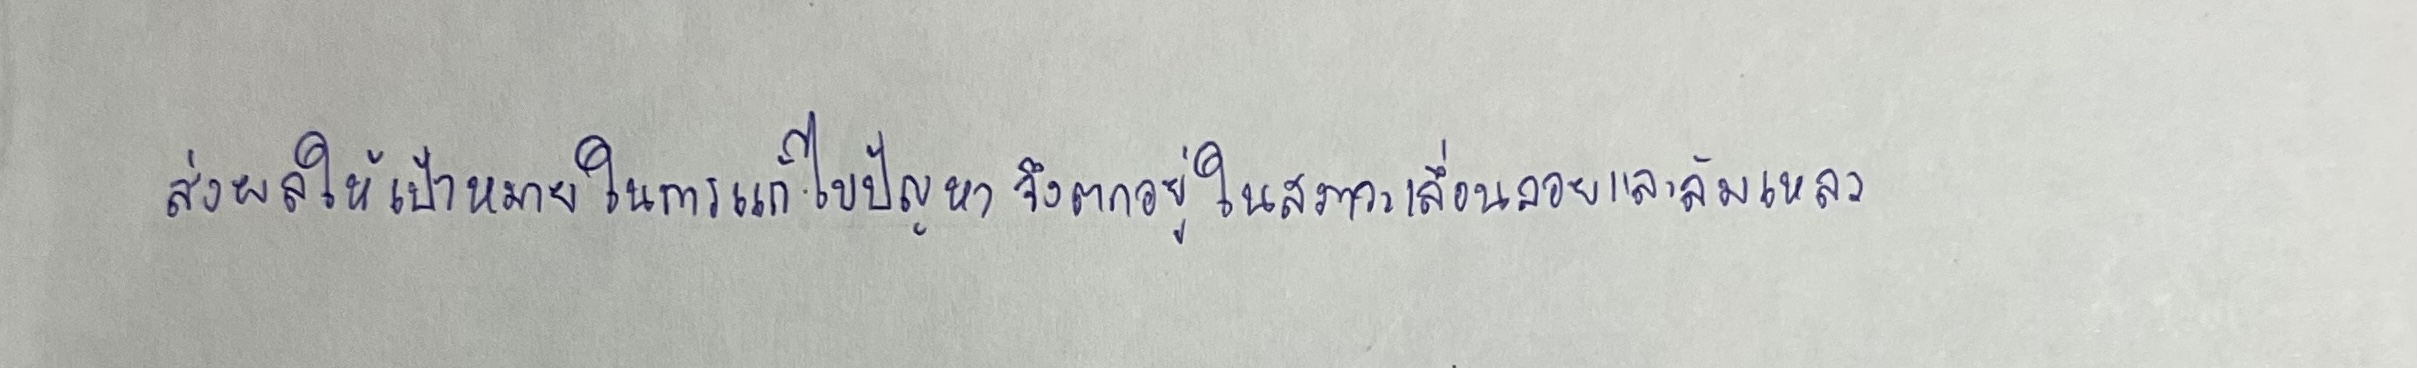
ส่งผลให้เป้าหมายในการแก้ไขปัญหาจึงตกอยู่ในสภาวะเลื่อนลอยและล้มเหลว